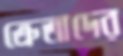
ক্রেতাদের